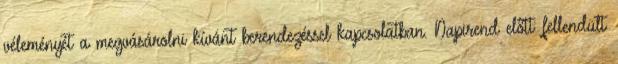
véleményét a megvásárolni kívánt berendezéssel kapcsolatban. Napirend előtt: fellendült